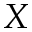
X